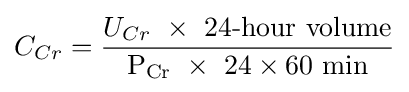
C_{Cr}={\frac {U_{Cr}\ \times \ {\text{24-hour volume}}}{\mathrm {P_{Cr}\ \times \ 24\times 60\ min} }}